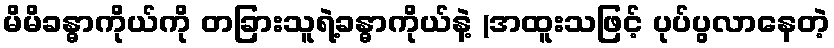
မိမိခန္ဓာကိုယ်ကို တခြားသူရဲ့ခန္ဓာကိုယ်နဲ့ (အထူးသဖြင့် ပုပ်ပွလာနေတဲ့